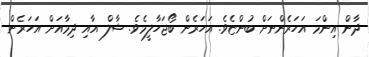
ދާން އިންމަ އަހަރެންނަށް ބުންޏެވެ. އަހަރެން ބޯޖަހާލީމެވެ. ޝާލް އާއި ދިމާއަށް އަހަރެން